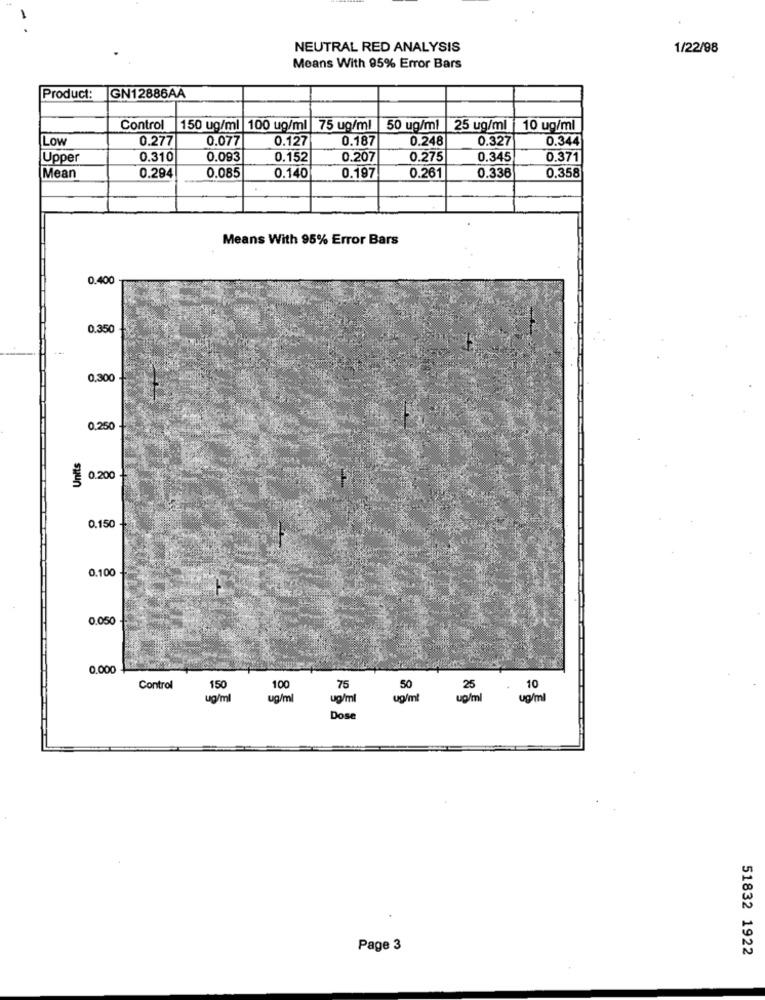
NEUTRAL RED ANALYSIS
1/22/98
Means With 95% Error Bars
Product:
GN12886AA
Control
150 ug/ml 100 ug/ml 75 ug/ml
50 ug/ml |25 ug/ml 10 ug/ml
Low
0.277
0.077
0.127
0.187
0.248
0.327
0.344
Upper
0.310
0.093
0.152
0.207
0.275
0.345
0.371
0.294
0.085
0.358
Mean
0.140
0.197
0.261
0.336
Means With 95% Error Bars
0.400
0.350
0,300
0.250
Units
0.200
0.150
0.100
0.050
0.000
Control
150
100
75
25
10
ug/ml
ug/m
ug/ml
up/ml
ug/ml
up/ml
Dose
Page 3
51832 1922